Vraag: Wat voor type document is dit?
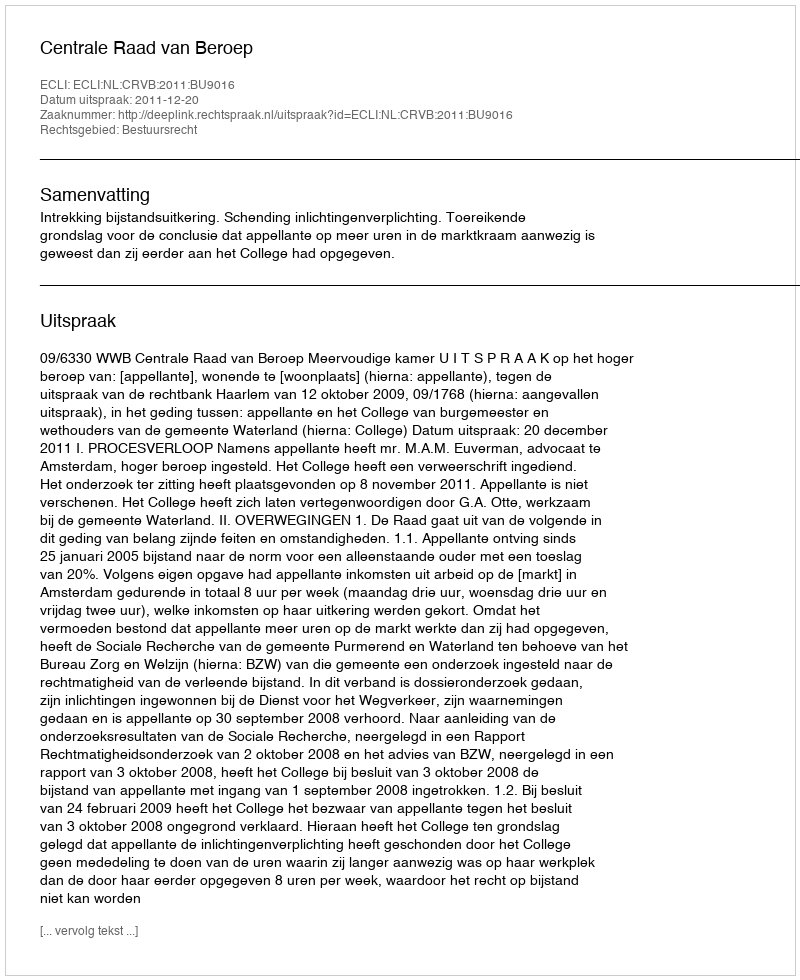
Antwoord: Uitspraak